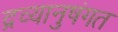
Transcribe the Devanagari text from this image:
द्रव्यानुषंगत